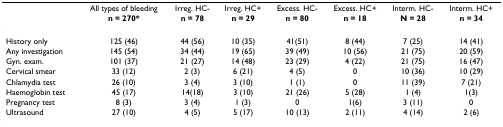
|  | All types of bleeding | Irreg. HC- | Irreg. HC+ | Excess. HC- | Excess. HC+ | Interm. HC- | Interm. HC+ |
 |  | n = 270* | n = 78 | n = 29 | n = 80 | n = 18 | N = 28 | n = 34 |
 | --- | --- | --- | --- | --- | --- | --- | --- |
 | History only | 125 (46) | 44 (56) | 10 (35) | 41(51) | 8 (44) | 7 (25) | 14 (41) |
 | Any investigation | 145 (54) | 34 (44) | 19 (65) | 39 (49) | 10 (56) | 21 (75) | 20 (59) |
 | Gyn. exam. | 101 (37) | 21 (27) | 14 (48) | 23 (29) | 4 (22) | 21 (75) | 16 (47) |
 | Cervical smear | 33 (12) | 2 (3) | 6 (21) | 4 (5) | 0 | 10 (36) | 10 (29) |
 | Chlamydia test | 26 (10) | 3 (4) | 3 (10) | 1 (1) | 0 | 11 (39) | 7 (21) |
 | Haemoglobin test | 45 (17) | 14(18) | 3 (10) | 21 (26) | 5 (28) | 1 (4) | 1(3) |
 | Pregnancy test | 8 (3) | 3 (4) | 1 (3) | 0 | 1(6) | 3 (11) | 0 |
 | Ultrasound | 27 (10) | 4 (5) | 5 (17) | 10 (13) | 2 (11) | 4 (14) | 2 (6) |